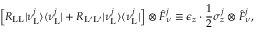
\Big [ R _ { \mathrm { L L } } | \nu _ { \mathrm { L } } ^ { j } \rangle \langle \nu _ { \mathrm { L } } ^ { j } | + R _ { \mathrm { L } ^ { \prime } \mathrm { L } ^ { \prime } } | \nu _ { \mathrm { L } } ^ { j } \rangle \langle \nu _ { \mathrm { L } } ^ { j } | \Big ] \otimes \hat { F } _ { \nu } ^ { j } \equiv \epsilon _ { z } \cdot \frac { 1 } { 2 } \sigma _ { z } ^ { j } \otimes \hat { F } _ { \nu } ^ { j } ,